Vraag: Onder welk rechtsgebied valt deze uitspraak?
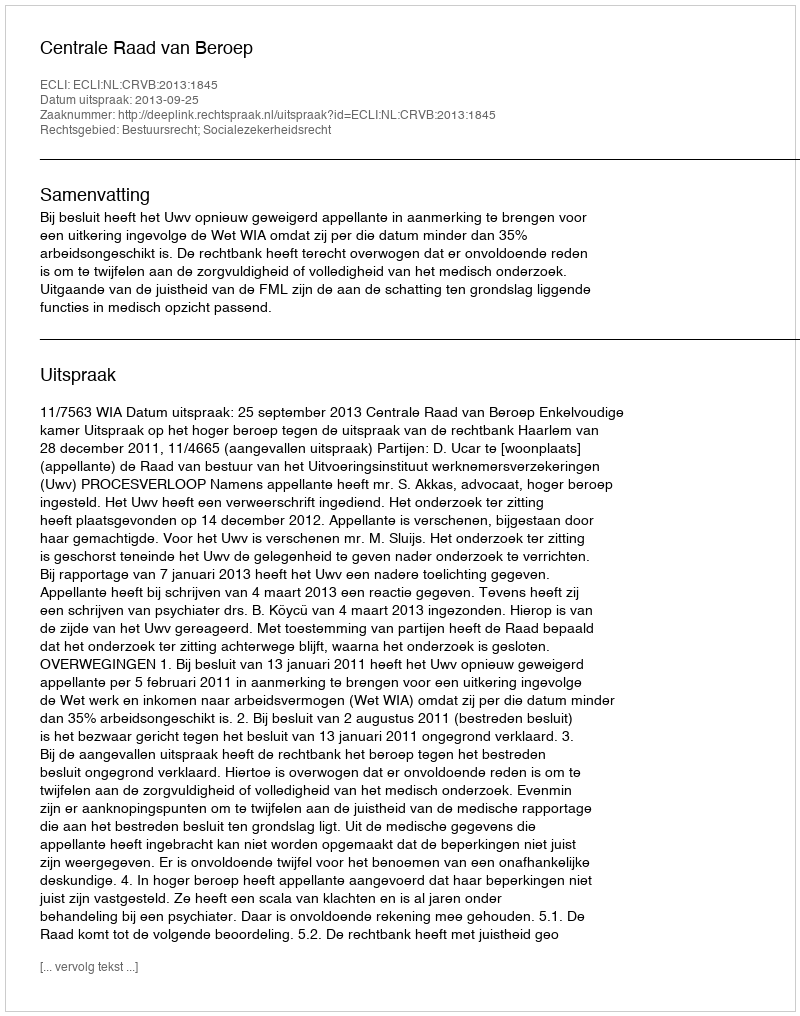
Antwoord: Bestuursrecht; Socialezekerheidsrecht